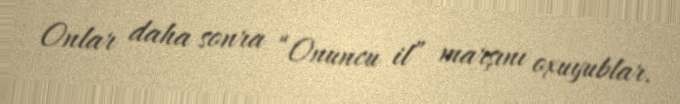
Onlar daha sonra “Onuncu il” marşını oxuyublar.